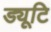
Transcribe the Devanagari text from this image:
ड्यूटि